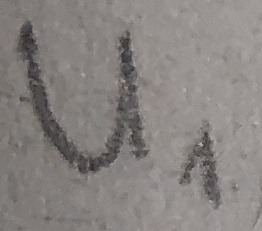
Text: U1